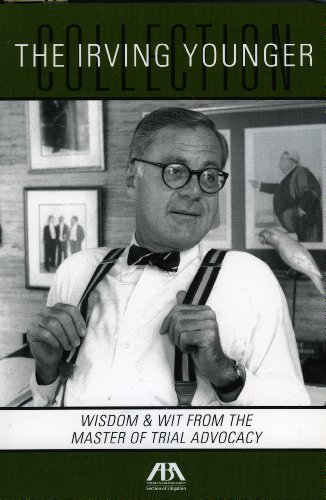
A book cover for The Irving Younger Collection: Wisdom & Wit from the Master of Trial Advocacy; Irving Younger; Law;